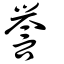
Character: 譽